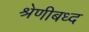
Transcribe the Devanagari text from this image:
श्रेणीबध्द